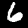
Digit: 6